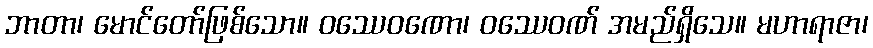
ဘာတာ၊ မောင်တော်ဖြစ်သော။ ဝဿေဝဏော၊ ဝဿေဝဏ် အမည်ရှိသေ။ မဟာရာဇာ၊